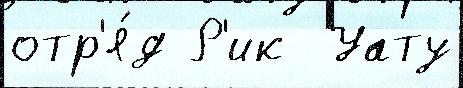
отр'я́д Р'ик  Уату